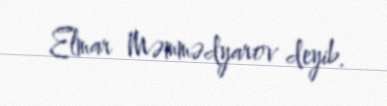
Elmar Məmmədyarov deyib.